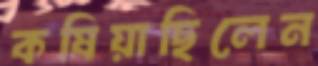
কষিয়াছিলেন